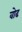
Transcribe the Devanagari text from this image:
वोढ